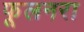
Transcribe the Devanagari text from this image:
फूलनरा